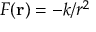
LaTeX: F ( \mathbf { r } ) = - k / r ^ { 2 }